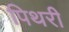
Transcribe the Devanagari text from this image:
पिथरी